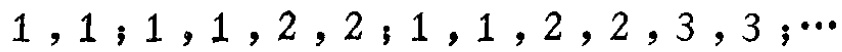
$1,1;1,1,2,2;1,1,2,2,3,3;\cdots$